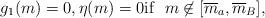
LaTeX: \begin{align*}g_1(m ) = 0, \eta(m)=0 \mbox{if} \ \ m \not \in [ \overline{m}_a ,\overline{m}_B ],\end{align*}